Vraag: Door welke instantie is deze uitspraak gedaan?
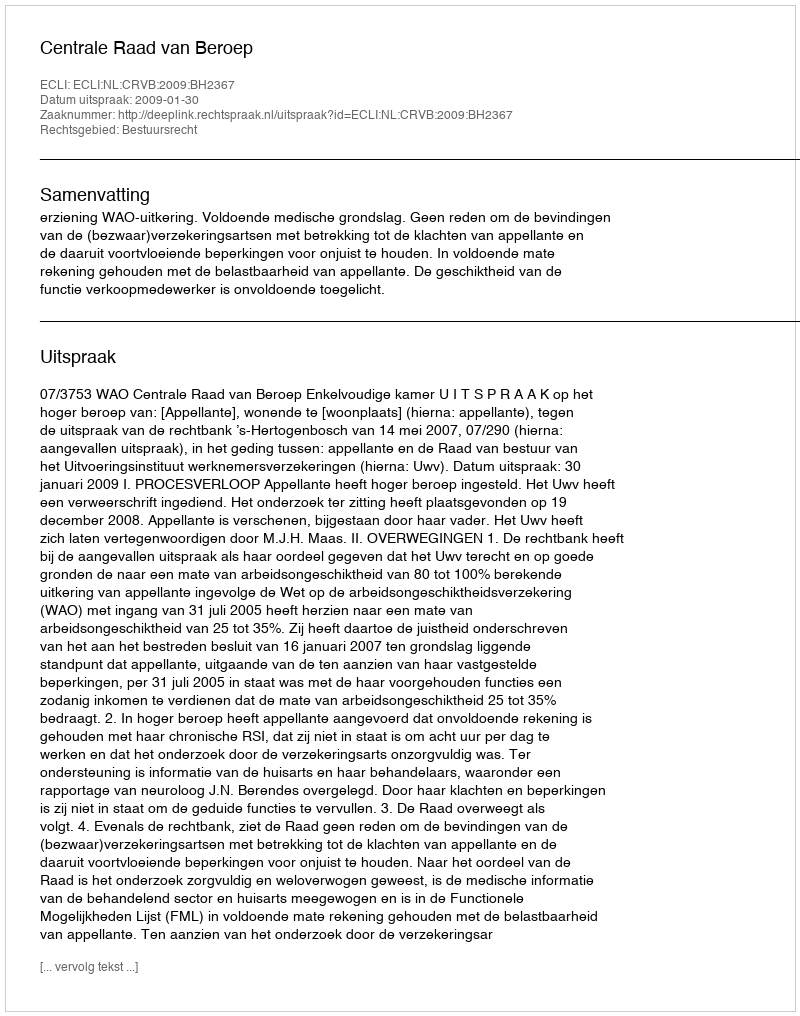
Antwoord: Centrale Raad van Beroep